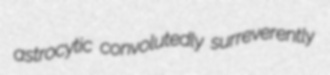
astrocytic convolutedly surreverently